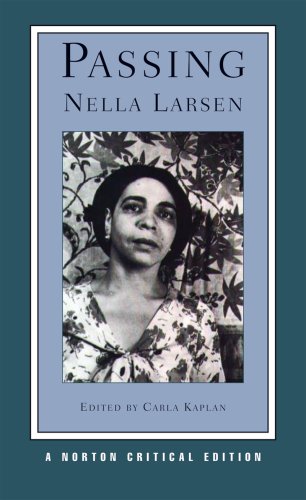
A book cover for Passing (Norton Critical Editions); Nella Larsen; Literature & Fiction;